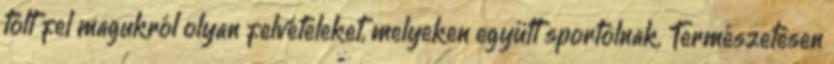
tölt fel magukról olyan felvételeket, melyeken együtt sportolnak. Természetesen